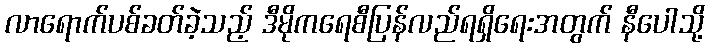
လာရောက်ပစ်ခတ်ခဲ့သည့် ဒီမိုကရေစီပြန်လည်ရရှိရေးအတွက် နီပေါသို့